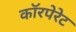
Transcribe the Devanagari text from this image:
काॅरपेरेट